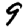
Digit: 9